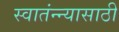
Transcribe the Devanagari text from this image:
स्वातंन्न्यासाठी